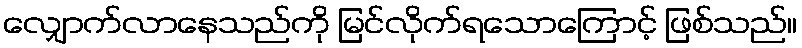
လျှောက်လာနေသည်ကို မြင်လိုက်ရသောကြောင့် ဖြစ်သည်။